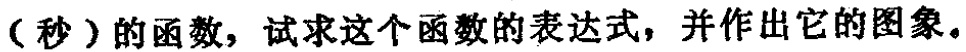
（秒）的函数，试求这个函数的表达式，并作出它的图象。